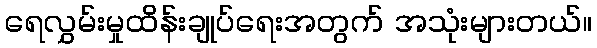
ရေလွှမ်းမှုထိန်းချုပ်ရေးအတွက် အသုံးများတယ်။